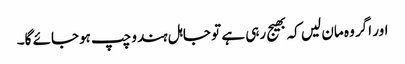
اور اگر وہ مان لیں کہ بھیج رہی ہے تو جاہل ہندو چپ ہوجائے گا۔